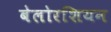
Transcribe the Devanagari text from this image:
बेलोरशियन